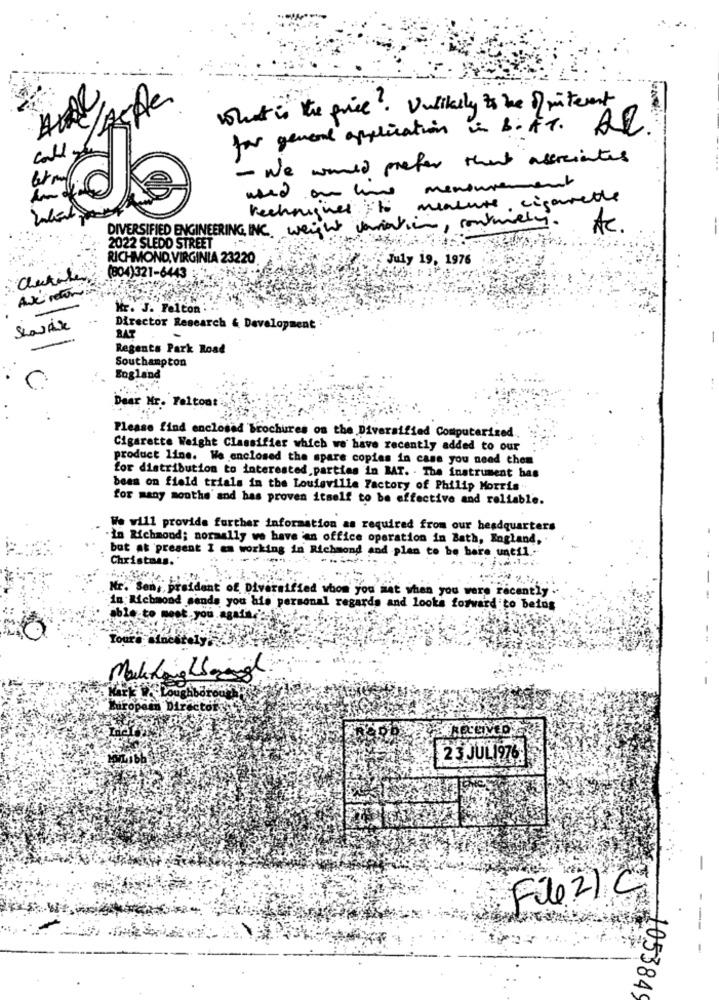
What is the price. Unlikely to be / pinterest
for general application in BOAT.
call
- We would prefer that associates
measurement
used on line
meacute , cigarette
techniques to
DIVERSIFIED ENGINEERING INC. weight variation , conmely.
Ac.
2022 SLEDO STREET
RICHMOND, VIRGINIA 23220
July 19, 1976
.: (804)321-6443
Awei retorno
Mr. J. Felton . .
..
ShowAle
Director Research & Development
BAT
-
Regents Park Road
Southampton
England
Dear Mr. Feltont
Please find enclosed brochures on the Diversified Computerized.
Cigarette Weight Classifier which we have recently added to our
product line. We enclosed the spare copies in case you need them
for distribution to interested parties in RAT. . The instrument bas
bean on field trials in the Louisville Factory of Philip Morris ..
for many months' and has proven itself to be effective and reliable.
We will provide further information as required from our headquarters
.in Richmond; normally we have 'en office operation in Bath, England,
but at present I am working in Richmond and plan to be bere until ..
Christmas.
-
Mr. Sen, prsident of Diversified whom you met when you were recently .
in Richmond sands you his personal regards and looks forward to being
able to mest.you.agata .:-
Toure eine
utropain Director
23 JULI976
-
Fil2/C
105384